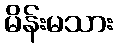
မိန်းမသား